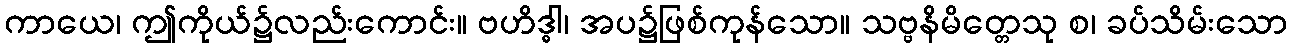
ကာယေ၊ ဤကိုယ်၌လည်းကောင်း။ ဗဟိဒ္ဓါ၊ အပ၌ဖြစ်ကုန်သော။ သဗ္ဗနိမိတ္တေသု စ၊ ခပ်သိမ်းသော